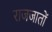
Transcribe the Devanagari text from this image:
राजजातों